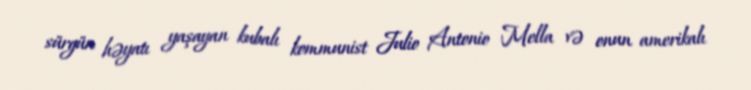
sürgün həyatı yaşayan kubalı kommunist Julio Antonio Mella və onun amerikalı